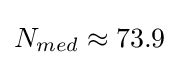
N_{med}\approx 73.9